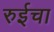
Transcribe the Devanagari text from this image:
रुईचा